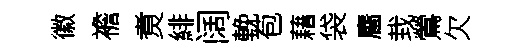
徽襜煑緋阔輓苞藉袋麕㘽鶯欠